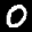
Label: 0